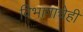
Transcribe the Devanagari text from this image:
विभागाचेही